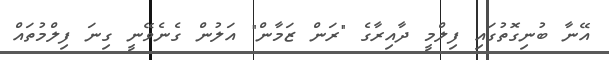
އޭނާ ބުނިގޮތުގައި ފިލްމީ ދާއިރާގެ "ރަން ޒަމާން" އަލުން ގެނެވޭނީ ގިނަ ފިލްމުތައް